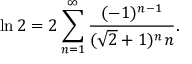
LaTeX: \ln 2 = 2 \sum _ { n = 1 } ^ { \infty } { \frac { ( - 1 ) ^ { n - 1 } } { ( { \sqrt { 2 } } + 1 ) ^ { n } n } } .